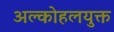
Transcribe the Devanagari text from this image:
अल्कोहलयुक्त